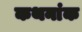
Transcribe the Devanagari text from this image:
कथनांक